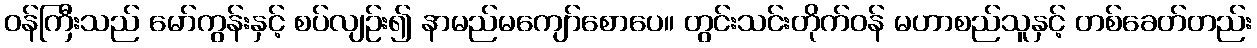
ဝန်ကြီးသည် မော်ကွန်းနှင့် စပ်လျဉ်း၍ နာမည်မကျော်စောပေ။ တွင်းသင်းတိုက်ဝန် မဟာစည်သူနှင့် တစ်ခေတ်တည်း